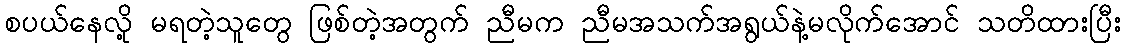
စပယ်နေလို့ မရတဲ့သူတွေ ဖြစ်တဲ့အတွက် ညီမက ညီမအသက်အရွယ်နဲ့မလိုက်အောင် သတိထားပြီး